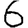
Digit: 6